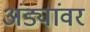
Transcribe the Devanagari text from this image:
अंड्यांवर